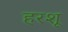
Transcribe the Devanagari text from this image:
हरशू